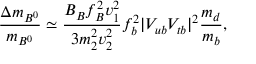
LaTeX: { \frac { \Delta m _ { B ^ { 0 } } } { m _ { B ^ { 0 } } } } \simeq { \frac { B _ { B } f _ { B } ^ { 2 } v _ { 1 } ^ { 2 } } { 3 m _ { 2 } ^ { 2 } v _ { 2 } ^ { 2 } } } f _ { b } ^ { 2 } | V _ { u b } V _ { t b } | ^ { 2 } { \frac { m _ { d } } { m _ { b } } } ,